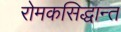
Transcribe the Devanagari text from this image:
रोमकसिद्धान्त